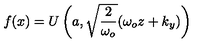
f ( x ) = U \left( a , \sqrt { \frac { 2 } { \omega _ { o } } } ( \omega _ { o } z + k _ { y } ) \right)